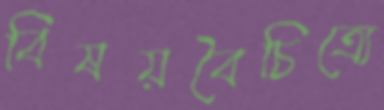
বিষয়বৈচিত্র্যে